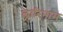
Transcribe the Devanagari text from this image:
लारिनाम